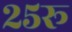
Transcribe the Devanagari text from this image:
२५रू